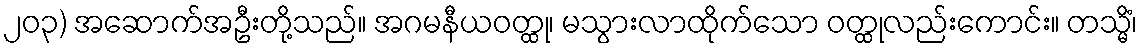
၂၀၃) အဆောက်အဦးတို့သည်။ အဂမနီယဝတ္ထု၊ မသွားလာထိုက်သော ဝတ္ထုလည်းကောင်း။ တသ္မိံ၊